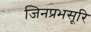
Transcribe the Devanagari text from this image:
जिनप्रभसूरि